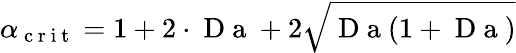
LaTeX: \alpha_{\mathrm{~c~r~i~t~}}=1+2\cdot\mathrm{~D~a~}+2\sqrt{\mathrm{~D~a~}(1+\mathrm{~D~a~})}